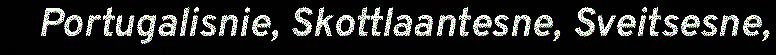
Portugalisnie, Skottlaantesne, Sveitsesne,